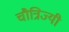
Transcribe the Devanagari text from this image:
चौत्रिज्यी